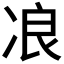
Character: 𰃾